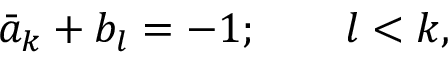
\bar { a } _ { k } + b _ { l } = - 1 ; \quad \quad l < k ,